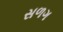
સળગ